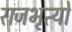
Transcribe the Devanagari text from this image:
राजभृत्यों